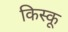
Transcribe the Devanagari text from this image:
किस्‍कू